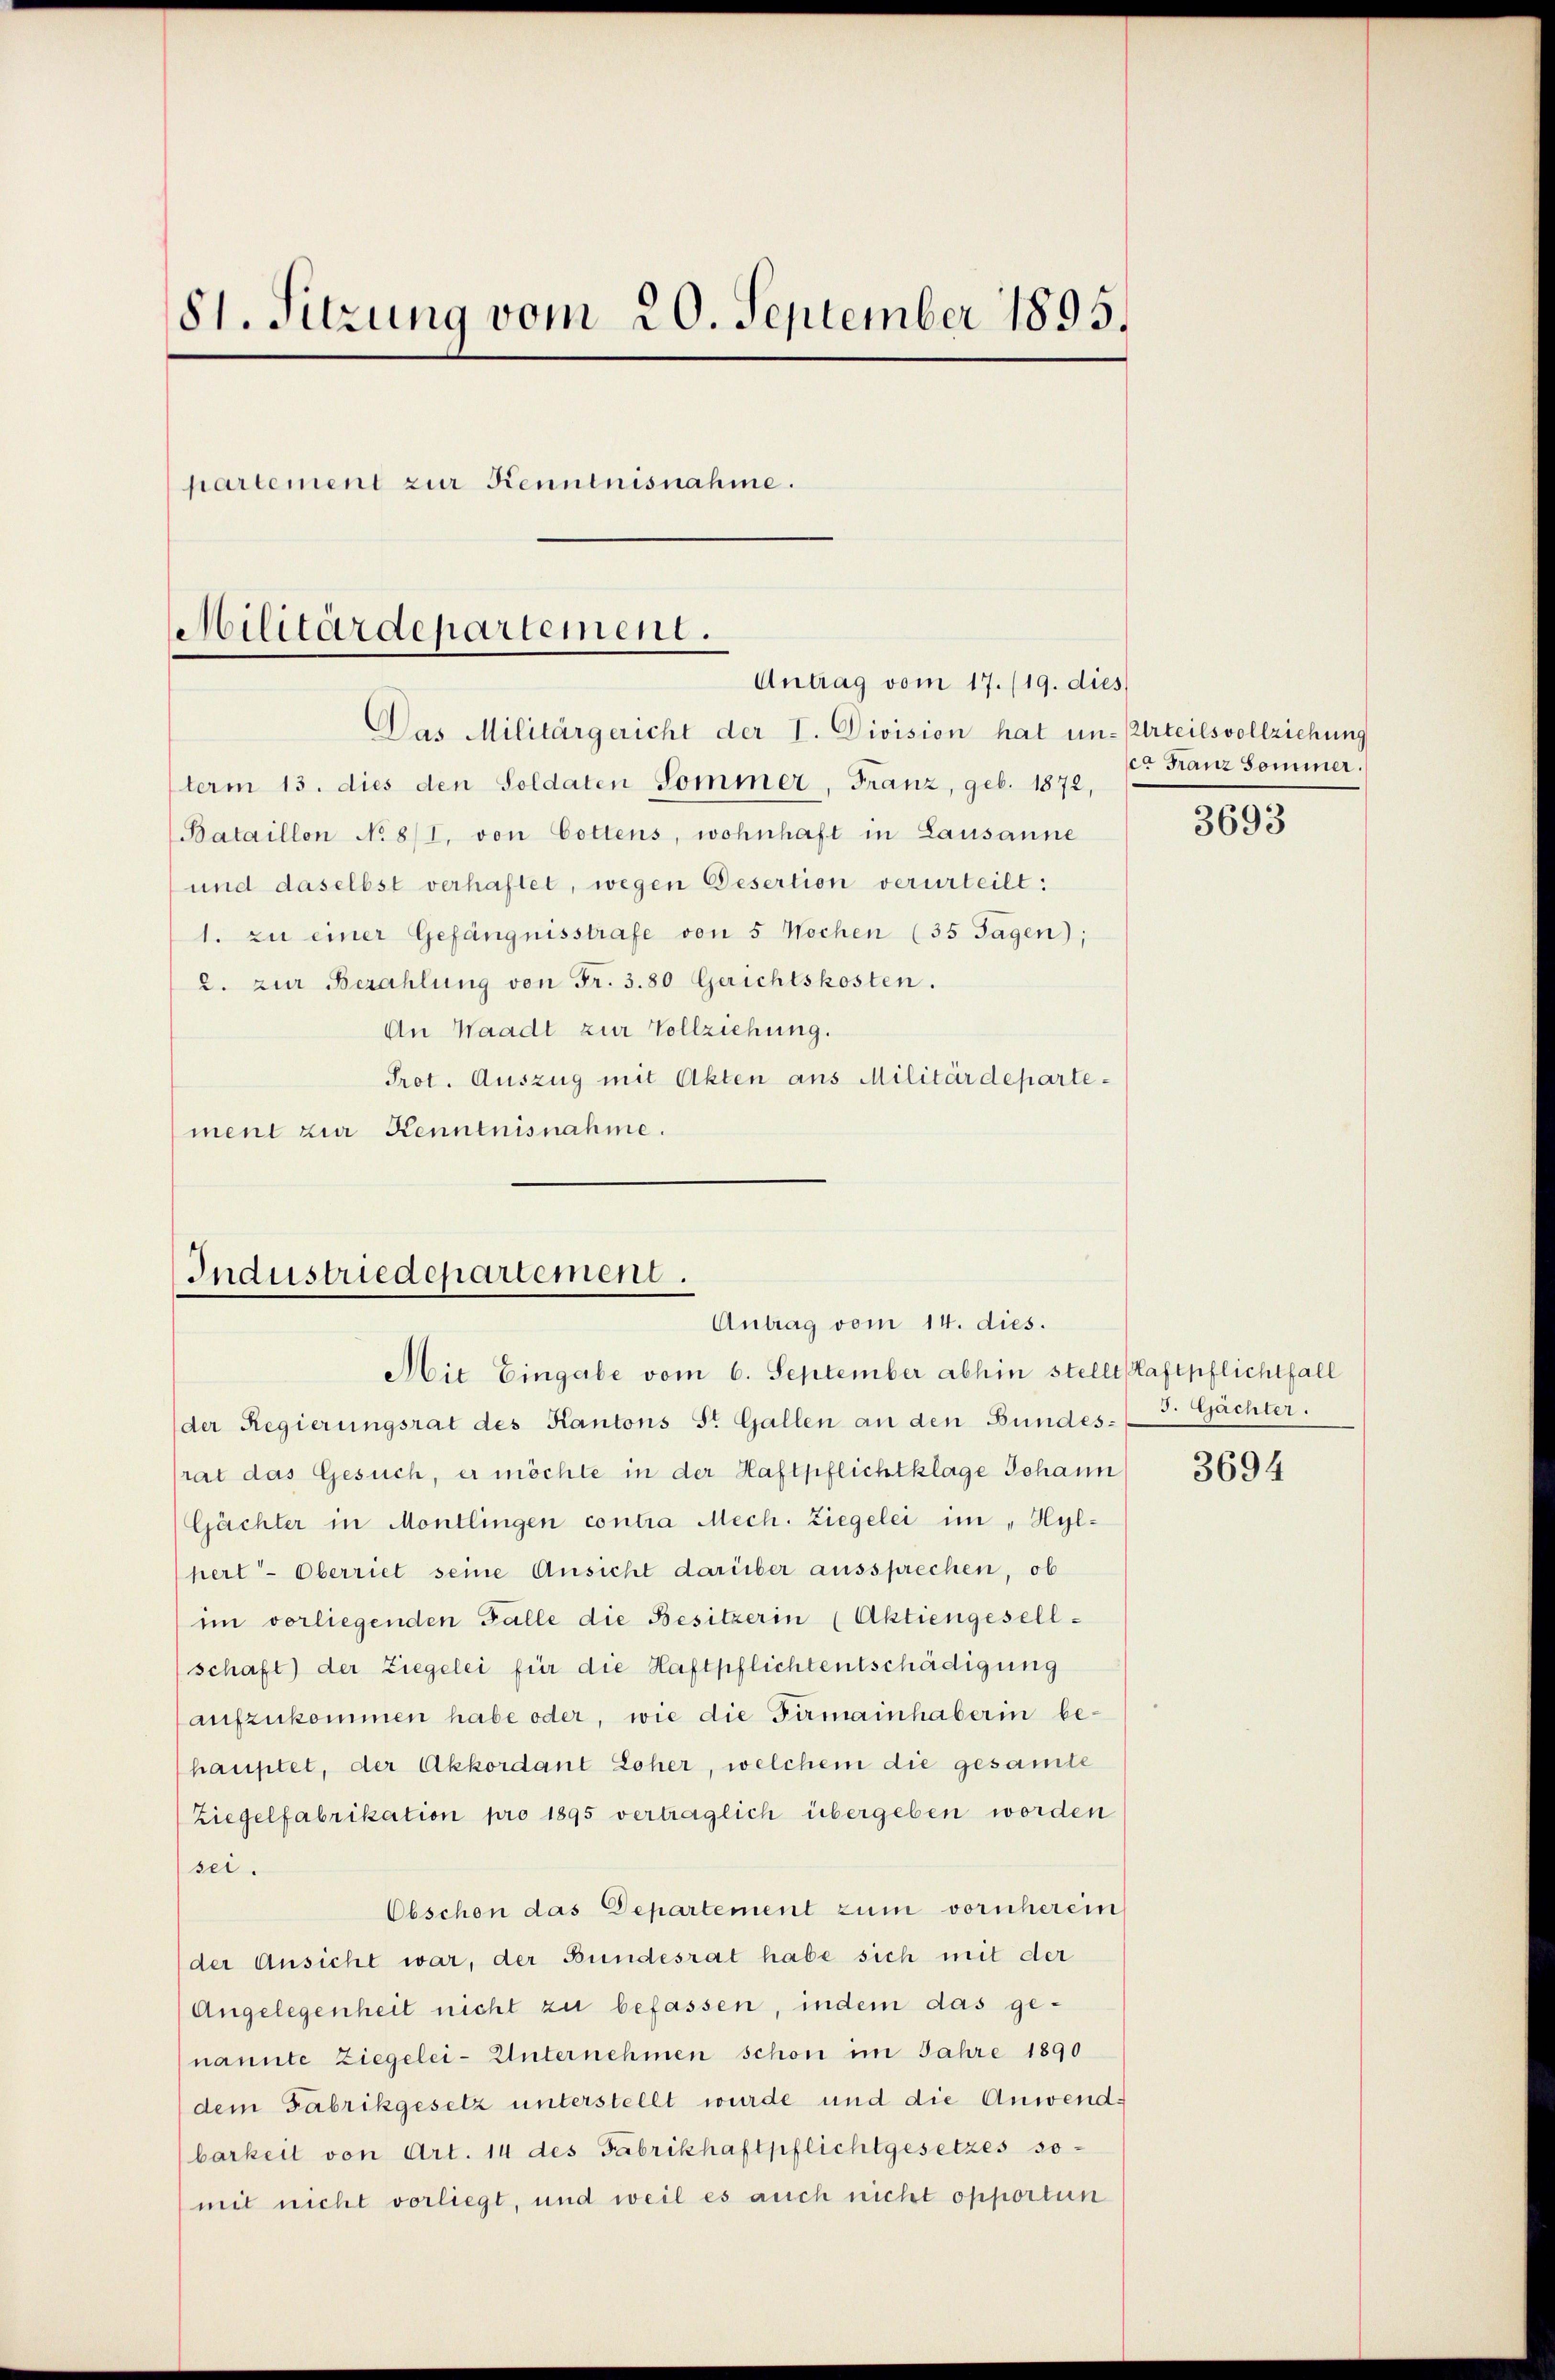
81. Sitzung vom 20. September 1895.
partement zur Kenntnisnahme.
Militärdepartement.
Antrag vom 17./19. dies

Das Militärgericht der I. Division hat un-Urteilsvollziehung

term 13. dies den Soldaten Sommer, Franz, geb. 1872,
Bataillon No 8/I, von Cottens, wohnhaft in Lausanne
und daselbst verhaftet, wegen Desertion verurteilt:
1. zu einer Gefängnisstrafe von 5 Wochen (35 Tagen);
2. zur Bezahlung von Fr. 3.80 Gerichtskosten.
An Waadt zur Vollziehung.
Prot. Auszug mit Akten aus Militärdepartement zur Kenntnisnahme.

Industriedepartement.
Antrag vom 14. dies.

Mit Eingabe vom 6. September abhin stellt Haftpflichtfall
(der Regierungsrat des Kantons St. Gallen an den Bundesrat das Gesuch, er möchte in der Haftpflichtklage Johann
Gächter in Montlingen contra Mech. Ziegelei im „Hyl-
pert-Oberriet seine Ansicht darüber aussprechen, ob
im vorliegenden Falle die Besitzerin (Aktiengesell-
schaft) der Ziegelei für die Haftpflichtentschädigung
aufzukommen habe oder, wie die Firmainhaberin behauptet, der Akkordant Loher, welchem die gesamte
Ziegelfabrikation pro 1895 vertraglich übergeben worden
sei.
Obschon das Departement zum vornherein
der Ansicht war, der Bundesrat habe sich mit der
Angelegenheit nicht zu befassen, indem das genannte Ziegelei- Unternehmen schon im Jahre 1890
dem Fabrikgesetz unterstellt wurde und die Anwend-
barkeit von Art. 14 des Fabrikhaftpflichtgesetzes so-
mit nicht vorliegt, und weil es auch nicht opportun

ca Franz Sommer.

3693

7. Gachter.

3694